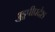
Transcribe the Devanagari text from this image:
झुडूपीप्रदेश